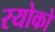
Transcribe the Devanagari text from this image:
रयोको